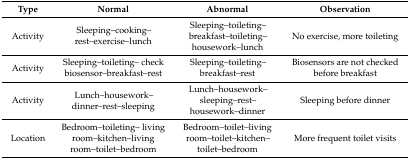
<table><thead><tr><td><b>Type</b></td><td><b>Normal</b></td><td><b>Abnormal</b></td><td><b>Observation</b></td></tr></thead><tbody><tr><td>Activity</td><td>Sleeping–cooking–rest–exercise–lunch</td><td>Sleeping–toileting–breakfast–toileting–housework–lunch</td><td>No exercise, more toileting</td></tr><tr><td>Activity</td><td>Sleeping–toileting–check biosensor–breakfast–rest</td><td>Sleeping–toileting–breakfast–rest</td><td>Biosensors are not checked before breakfast</td></tr><tr><td>Activity</td><td>Lunch–housework–dinner–rest–sleeping</td><td>Lunch–housework–sleeping–rest–housework–dinner</td><td>Sleeping before dinner</td></tr><tr><td>Location</td><td>Bedroom–toileting–living room–kitchen–living room–toilet–bedroom</td><td>Bedroom–toilet–living room–toilet–kitchen–toilet–bedroom</td><td>More frequent toilet visits</td></tr></tbody></table>